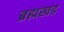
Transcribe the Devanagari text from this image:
ब्रह्मखड